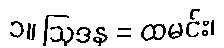
၁။ ဩဒန = ထမင်း၊